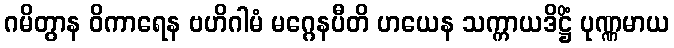
ဂမိတွာန ဝိကာရေန ဗဟိဂါမံ မဂ္ဂေနပီတိ ဟယေန သက္ကာယဒိဋ္ဌိံ ပုဏ္ဏမာယ